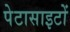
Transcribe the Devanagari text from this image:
पेटासाइटों